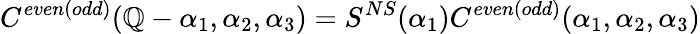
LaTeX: C^{even(odd)}(\mathbb{Q}-\alpha_{1},\alpha_{2},\alpha_{3})=S^{NS}(\alpha_{1})C^{even(odd)}(\alpha_{1},\alpha_{2},\alpha_{3})